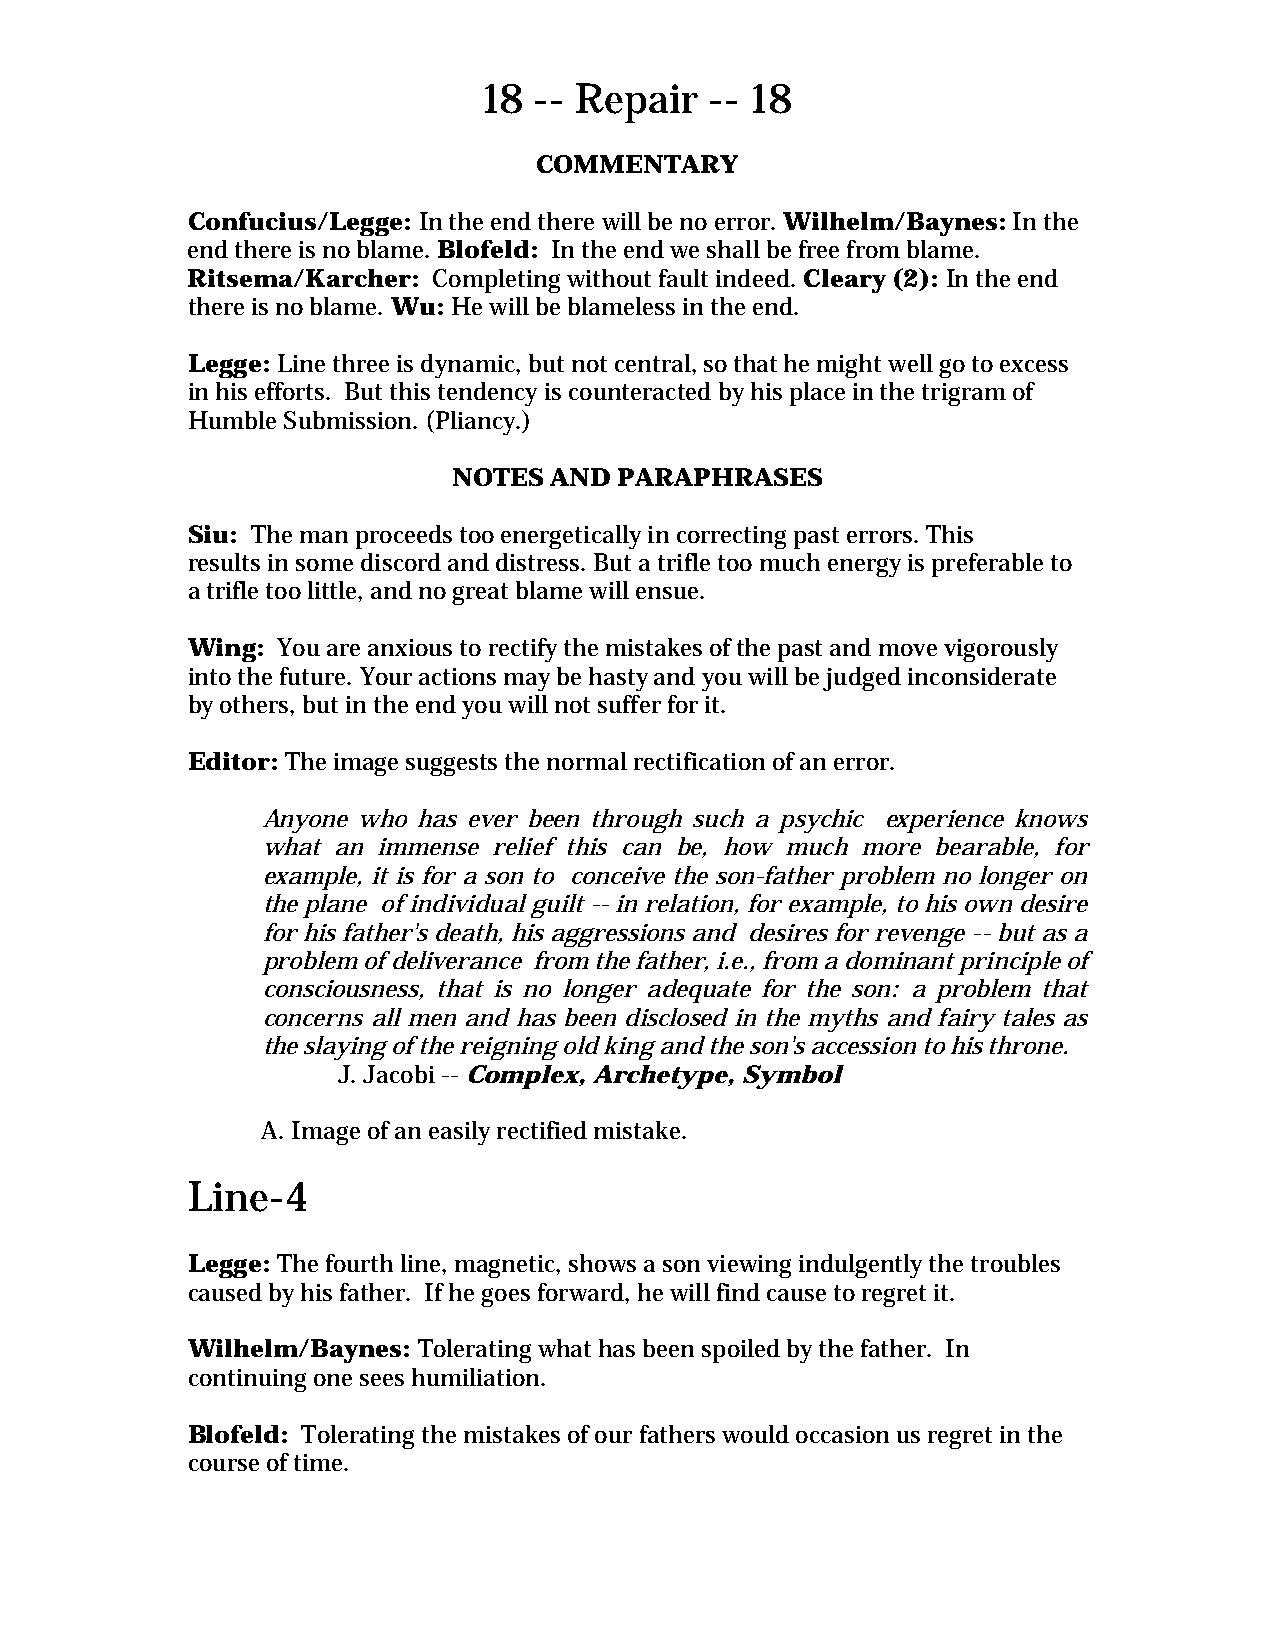
18 -- Repair   -- 18
 COMMENTARY
 Confucius/Legge: In the end there will be no error. Wilhelm/Baynes: In the
 end there is no blame. Blofeld: In the end we shall be free from blame.
 Ritsema/Karcher: Completing without fault indeed. Cleary (2): In the end
 there is no blame. Wu: He will be blameless in the end.
 Legge: Line three is dynamic, but not central, so that he might well go to excess
 in his efforts. But this tendency is counteracted by his place in the trigram of
 Humble Submission. (Pliancy.)
 NOTES AND  PARAPHRASES
 Siu: The man proceeds too energetically in correcting past errors. This
 results in some discord and distress. But a trifle too much energy is preferable to
 a trifle too little, and no great blame will ensue.
 Wing: You are anxious to rectify the mistakes of the past and move vigorously
 into the future. Your actions may be hasty and you will be judged inconsiderate
 by others, but in the end you will not suffer for it.
 Editor: The image suggests the normal rectification of an error.
 Anyone who has ever been through such a psychic experience knows
 what an immense relief this can be, how much more bearable, for
 example, it is for a son to conceive the son-father problem no longer on
 the plane of individual guilt -- in relation, for example, to his own desire
 for his father's death, his aggressions and desires for revenge -- but as a
 problem of deliverance from the father, i.e., from a dominant principle of
 consciousness, that is no longer adequate for the son: a problem that
 concerns all men and has been disclosed in the myths and fairy tales as
 the slaying of the reigning old king and the son's accession to his throne.
 J. Jacobi -- Complex, Archetype, Symbol
 A. Image of an easily rectified mistake.
 Line-4
 Legge: The fourth line, magnetic, shows a son viewing indulgently the troubles
 caused by his father. If he goes forward, he will find cause to regret it.
 Wilhelm/Baynes: Tolerating what has been spoiled by the father. In
 continuing one sees humiliation.
 Blofeld: Tolerating the mistakes of our fathers would occasion us regret in the
 course of time.